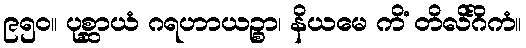
၉၅၀။ ပုစ္ဆာယံ ဂရဟာယဉ္စာ၊ နိယမေ ကိံ တိလိင်္ဂိကံ။